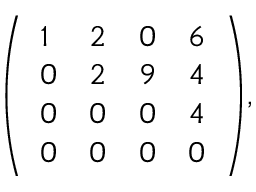
{ \left( \begin{array} { l l l l } { 1 } & { 2 } & { 0 } & { 6 } \\ { 0 } & { 2 } & { 9 } & { 4 } \\ { 0 } & { 0 } & { 0 } & { 4 } \\ { 0 } & { 0 } & { 0 } & { 0 } \end{array} \right) } ,